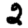
Digit: 2